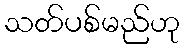
သတ်ပစ်မည်ဟု